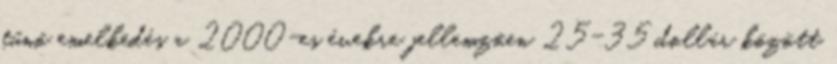
tűnő emelkedés a 2000-es évekre jellemzően 25-35 dollár között